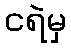
ငရဲမှ